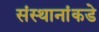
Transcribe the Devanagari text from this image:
संस्थानांकडे